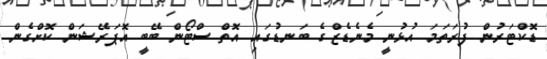
ޑޮޮކްޓަރުން ފުރަތަމަ އުޅުނީ މެނެޑެޒްގެ ބަނޑުގައި އޮތް ސްޓޯން ބޭބީ އޮޕަރޭޝަން ކޮށްގެން